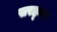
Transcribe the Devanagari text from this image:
सरह्न्न